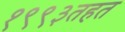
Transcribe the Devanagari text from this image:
१९९३तहत